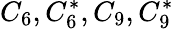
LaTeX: C_{6},C_{6}^{*},C_{9},C_{9}^{*}